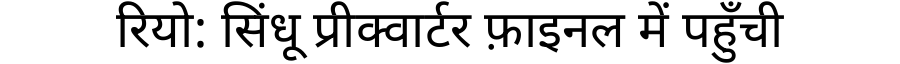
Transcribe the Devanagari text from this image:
रियो: सिंधू प्रीक्वार्टर फ़ाइनल में पहुँची